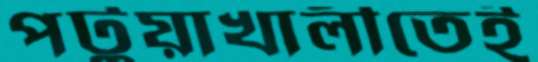
পটুয়াখালীতেই